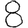
Digit: 8